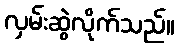
လှမ်းဆွဲလိုက်သည်။